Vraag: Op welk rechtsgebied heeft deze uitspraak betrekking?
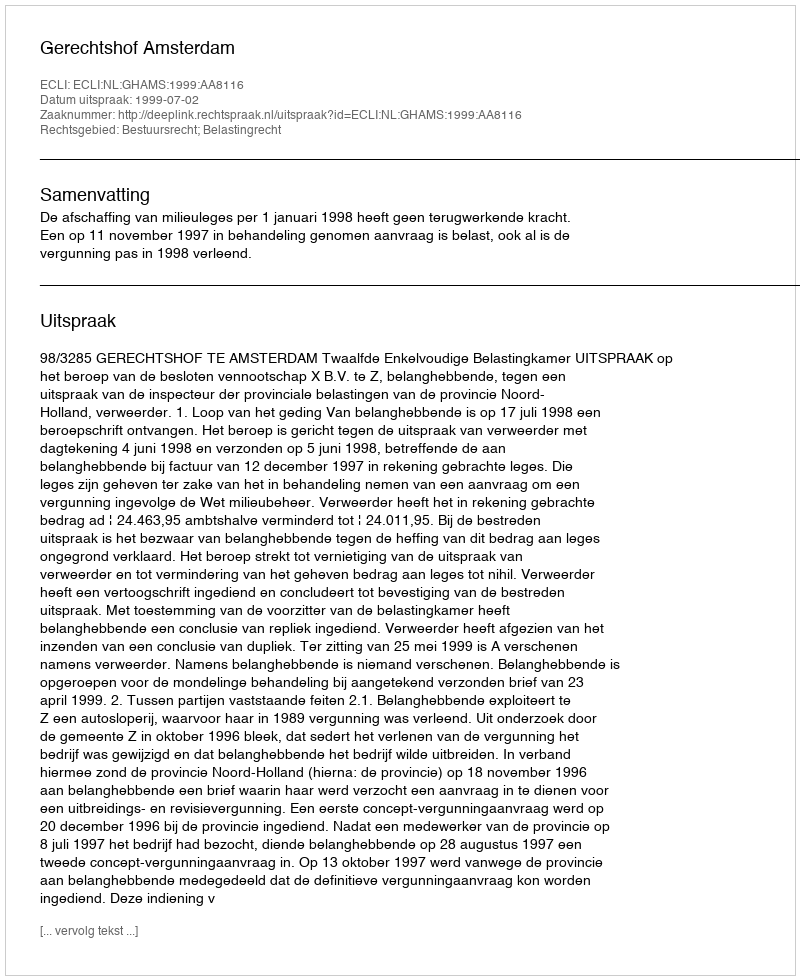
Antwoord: Bestuursrecht; Belastingrecht